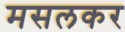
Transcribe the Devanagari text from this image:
मसलकर